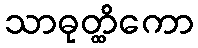
သာဓုတ္ထိကော